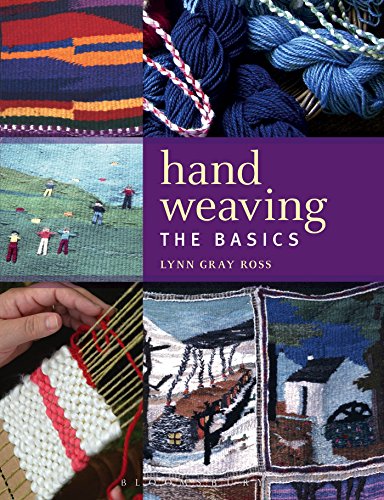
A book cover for Hand Weaving: The Basics; Lynn Gray Ross; Crafts, Hobbies & Home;